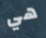
هي